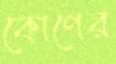
কোণের